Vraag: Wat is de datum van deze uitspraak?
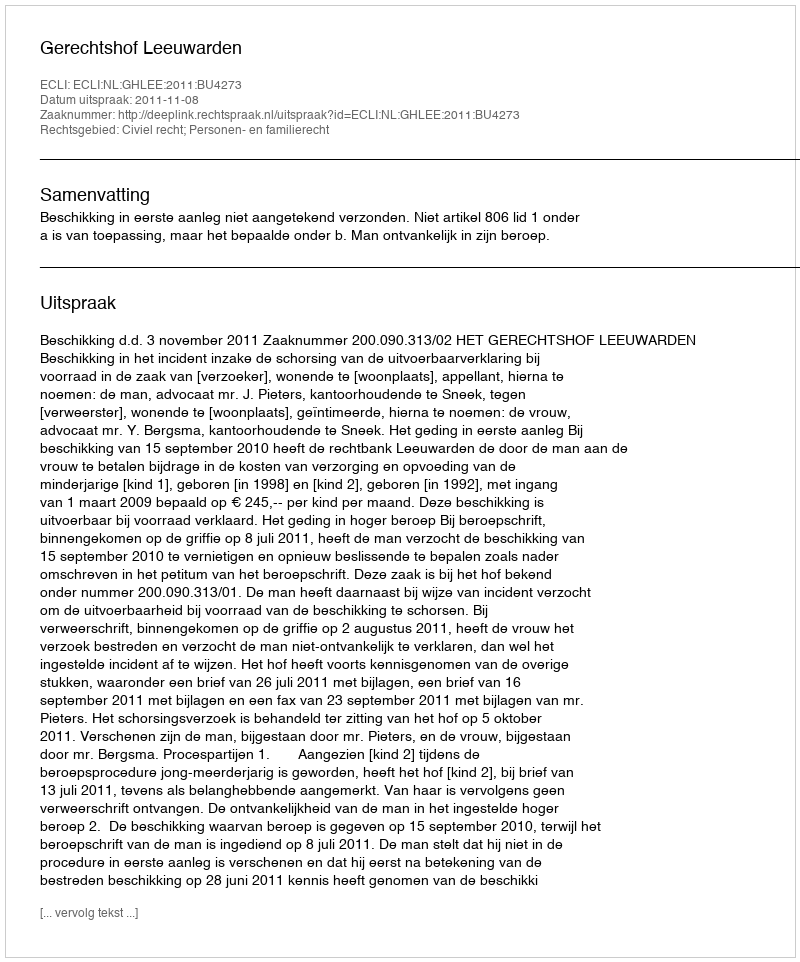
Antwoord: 2011-11-08